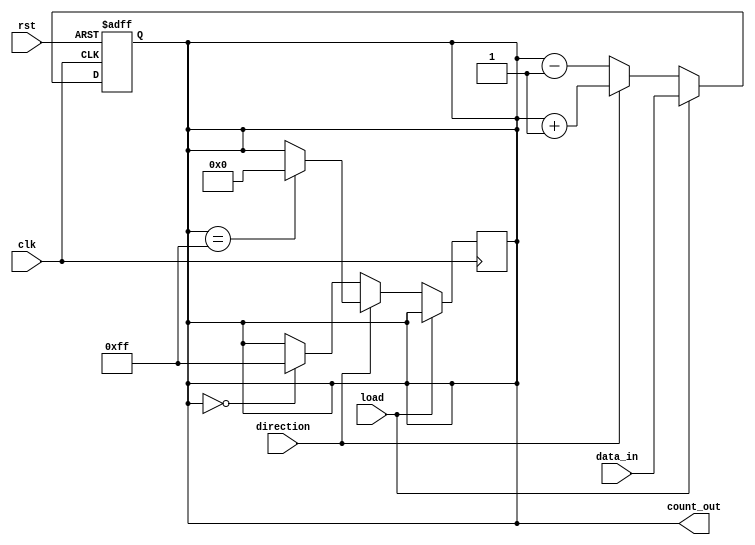
module loadable_counter #(
    parameter N = 8 // Define the bit width of the counter
)(
    input wire clk,           // Clock input
    input wire rst,           // Asynchronous reset
    input wire load,          // Load signal
    input wire direction,      // Direction signal (1 for up, 0 for down)
    input wire [N-1:0] data_in, // Data input for loading
    output reg [N-1:0] count_out // Current count output
);

    // Asynchronous reset
    always @(posedge clk or posedge rst) begin
        if (rst) begin
            count_out <= 0; // Reset the counter to 0
        end else if (load) begin
            count_out <= data_in; // Load the preset value
        end else begin
            // Count up or down based on the direction signal
            if (direction) begin
                // Count up
                count_out <= count_out + 1;
            end else begin
                // Count down
                count_out <= count_out - 1;
            end
        end
    end

    // Handle overflow and underflow
    always @(posedge clk) begin
        if (!load) begin
            if (direction) begin
                // Wrap around on overflow
                if (count_out == {N{1'b1}}) begin
                    count_out <= 0; // Wrap to 0
                end
            end else begin
                // Wrap around on underflow
                if (count_out == 0) begin
                    count_out <= {N{1'b1}}; // Wrap to max value
                end
            end
        end
    end

endmodule